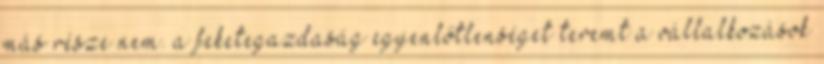
más része nem. a feketegazdaság egyenlőtlenséget teremt a vállalkozások